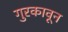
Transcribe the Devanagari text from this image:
गुरकावून